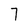
Character: 7